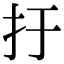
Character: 扜